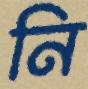
নি